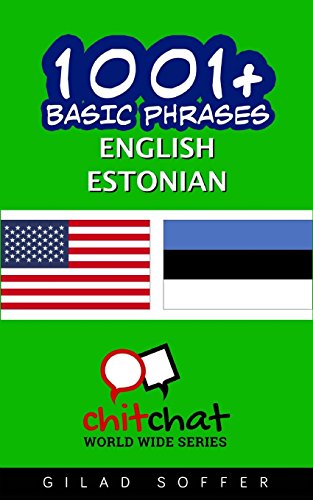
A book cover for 1001+ Basic Phrases English - Estonian; Gilad Soffer; Travel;